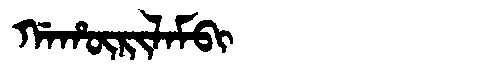
Manchu: ᡤᠠᡥᡡᡵᡳᠯᠠᠮᠪᡳ
Romanization: GAHŪRILAMBI